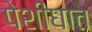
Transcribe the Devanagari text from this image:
पेशीघात